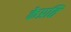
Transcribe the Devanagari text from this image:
केप्रति